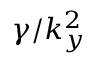
\gamma / k _ { y } ^ { 2 }